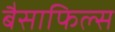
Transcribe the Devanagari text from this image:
बैसाफिल्स